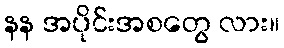
နန အပိုင်းအစတွေ လား။